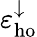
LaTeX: \varepsilon_{\mathrm{ho}}^{\downarrow}